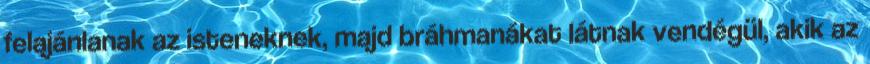
felajánlanak az isteneknek, majd bráhmanákat látnak vendégül, akik az